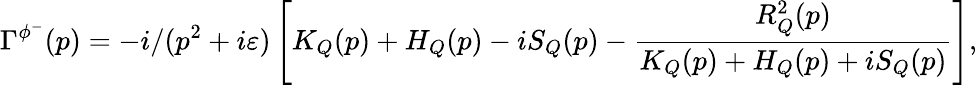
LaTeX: \Gamma^{\phi^{-}}(p)=-i/(p^{2}+i\varepsilon)\left[K_{Q}(p)+H_{Q}(p)-iS_{Q}(p)-\frac{R_{Q}^{2}(p)}{K_{Q}(p)+H_{Q}(p)+iS_{Q}(p)}\right],